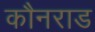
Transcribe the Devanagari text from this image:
कौनराड